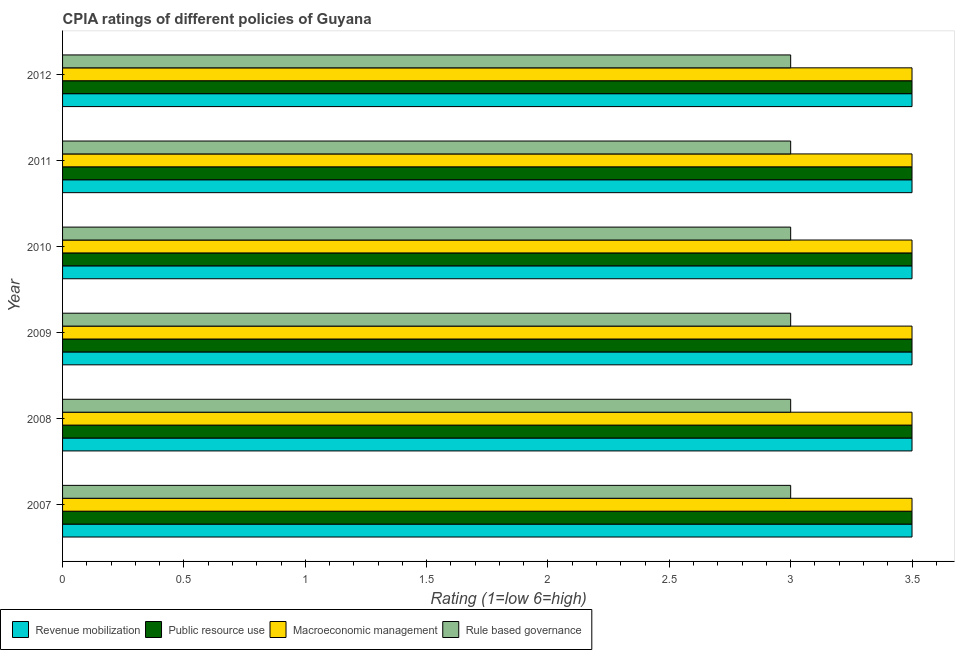
| Year | Revenue mobilization | Public resource use | Macroeconomic management | Rule based governance |
 | --- | --- | --- | --- | --- |
 | 2007 | 3.5 | 3.5 | 3.5 | 3 |
 | 2008 | 3.5 | 3.5 | 3.5 | 3 |
 | 2009 | 3.5 | 3.5 | 3.5 | 3 |
 | 2010 | 3.5 | 3.5 | 3.5 | 3 |
 | 2011 | 3.5 | 3.5 | 3.5 | 3 |
 | 2012 | 3.5 | 3.5 | 3.5 | 3 |